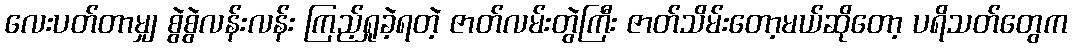
လေးပတ်တာမျှ စွဲစွဲလန်းလန်း ကြည့်ရှုခဲ့ရတဲ့ ဇာတ်လမ်းတွဲကြီး ဇာတ်သိမ်းတော့မယ်ဆိုတော့ ပရိသတ်တွေက